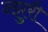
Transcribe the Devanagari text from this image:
न्झुरी